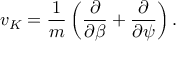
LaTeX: v _ { K } = \frac { 1 } { m } \left( \frac { \partial } { \partial \beta } + \frac { \partial } { \partial \psi } \right) .